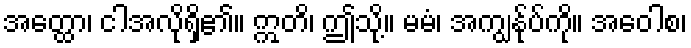
အတ္ထော၊ ငါအလိုရှိ၏။ ဣတိ၊ ဤသို့။ မမံ၊ အကျွန်ုပ်ကို။ အဝေါစ၊